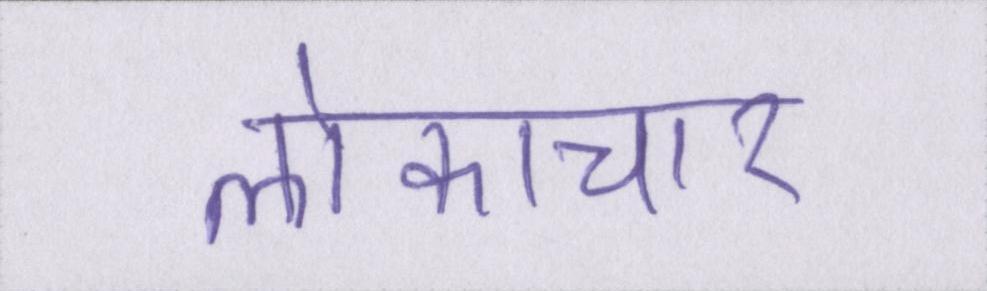
लोकाचार